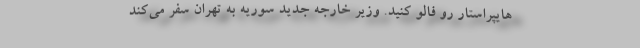
هایپراستار رو فالو کنید. وزیر خارجه جدید سوریه به تهران سفر می‌کند